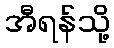
အီရန်သို့